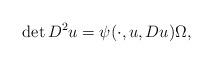
LaTeX: \begin{align*} \det D^2u &= \psi(\cdot,u,Du) \Omega, \end{align*}